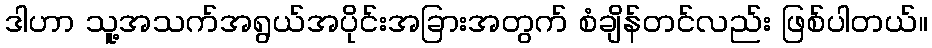
ဒါဟာ သူ့အသက်အရွယ်အပိုင်းအခြားအတွက် စံချိန်တင်လည်း ဖြစ်ပါတယ်။